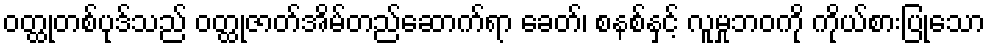
ဝတ္ထုတစ်ပုဒ်သည် ဝတ္ထုဇာတ်အိမ်တည်ဆောက်ရာ ခေတ်၊ စနစ်နှင့် လူမှုဘဝကို ကိုယ်စားပြုသော